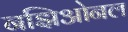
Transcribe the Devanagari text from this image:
नझिओनल